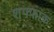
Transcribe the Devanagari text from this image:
शफ्फाक